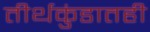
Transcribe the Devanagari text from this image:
तीर्थकुंडातही